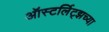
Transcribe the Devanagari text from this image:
ऑस्टर्लिट्झच्या